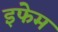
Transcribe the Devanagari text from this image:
इफेम